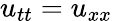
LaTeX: u_{tt}=u_{xx}